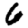
Digit: 6